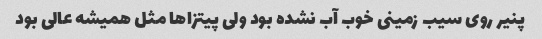
پنیر روی سیب زمینی خوب آب نشده بود ولی پیتزاها مثل همیشه عالی بود